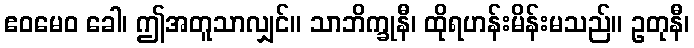
ဧဝမေဝ ခေါ၊ ဤအတူသာလျှင်။ သာဘိက္ခုနီ၊ ထိုရဟန်းမိန်းမသည်။ ဥတုနီ၊